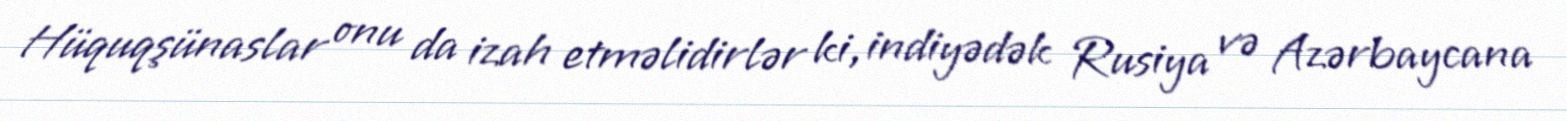
Hüquqşünaslar onu da izah etməlidirlər ki, indiyədək Rusiya və Azərbaycana